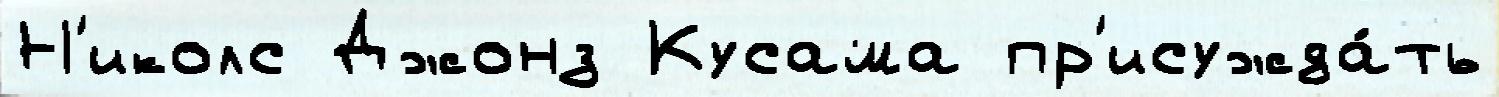
Н'иколс Джонз Кусама пр'исужда́ть